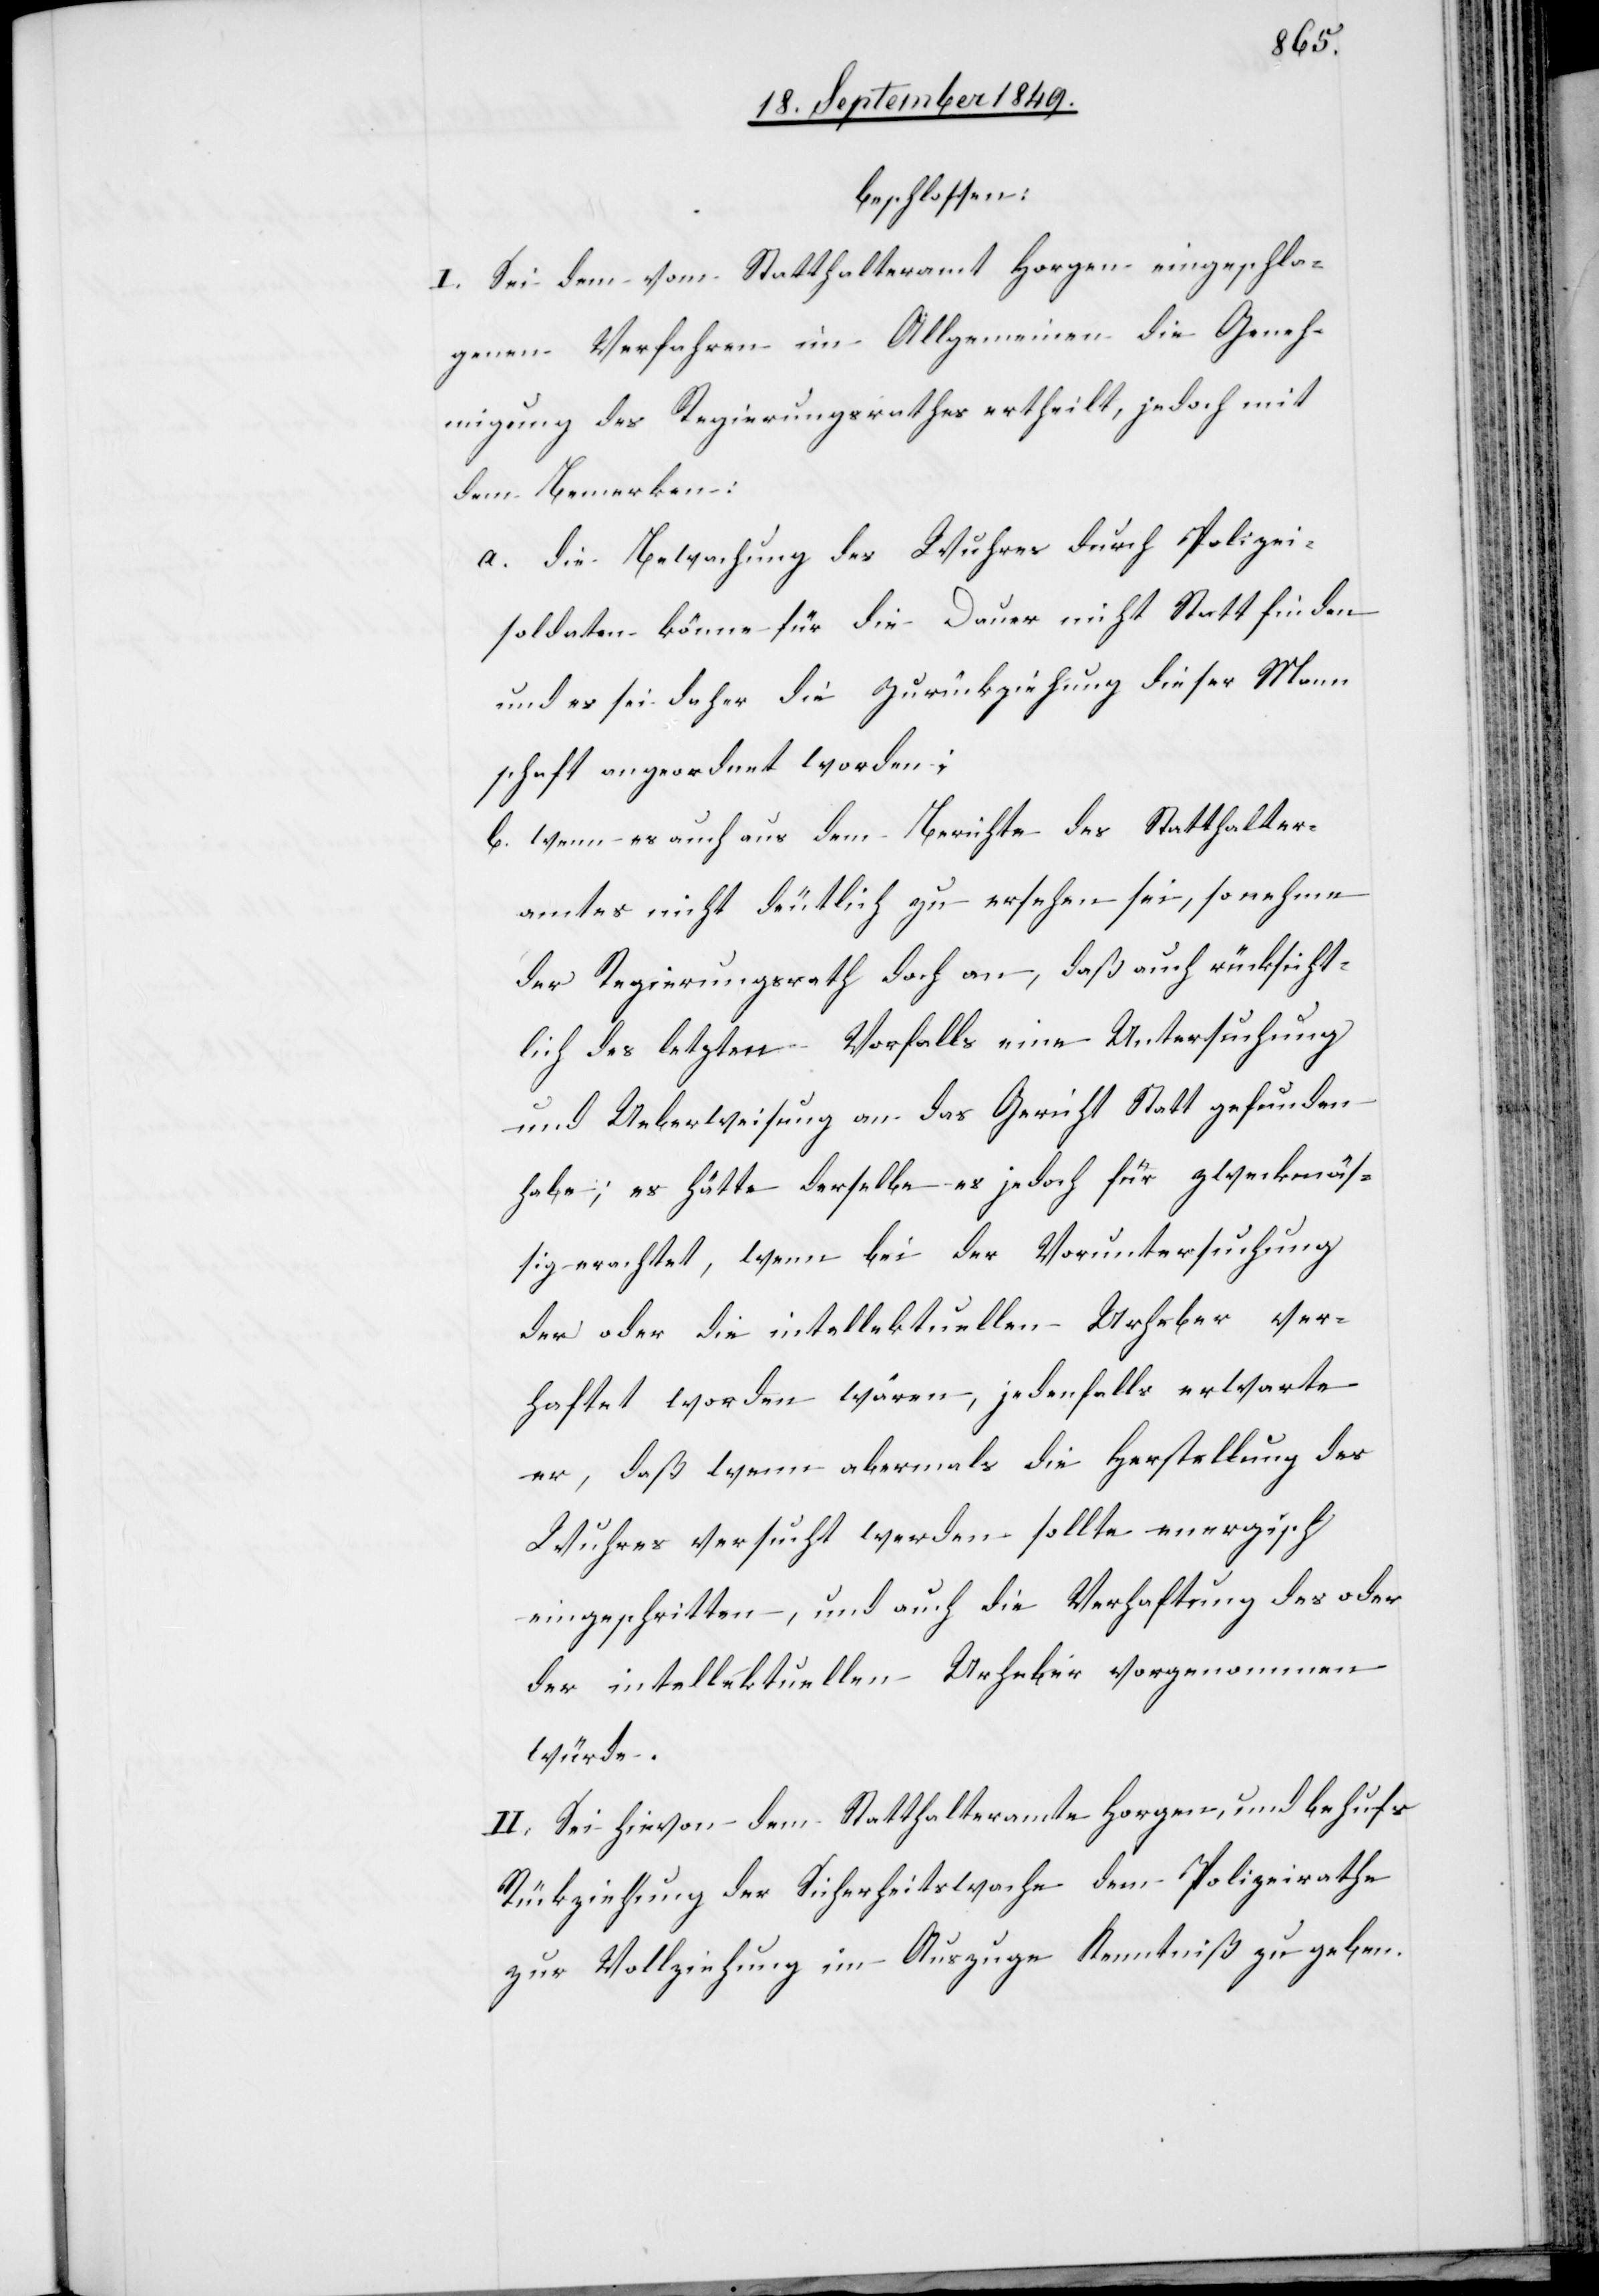
beschlossen:
I. Sei dem vom Statthalteramt Horgen eingeschla¬
genen Verfahren im Allgemeinen die Geneh¬
migung des Regierungsrathes ertheilt, jedoch mit
dem Bemerken:
a. die Bewachung des Wuhres durch Polizei¬
soldaten könne für die Dauer nicht statt finden
und es sei daher die Zurückziehung dieser Mann¬
schaft angeordnet worden;
b. wenn es auch aus dem Berichte des Statthalter¬
amtes nicht deutlich zu ersehen sei, so nehme
der Regierungsrath doch an, daß auch rücksicht¬
lich des letzten Vorfalls eine Untersuchung
und Ueberweisung an das Gericht statt gefunden
habe, es hätte derselbe es jedoch für zweckmäs¬
sig erachtet, wenn bei der Voruntersuchung
der oder die intellektuellen Urheber ver¬
haftet worden wären, jedenfalls erwarte
er, daß wenn abermals die Herstellung des
Wuhres versucht werden sollte energisch
eingeschritten, und auch die Verhaftung des oder
der intellektuellen Urheber vorgenommen
würde.
II. Sei hievon dem Statthalteramte Horgen, und behufs
Rückziehung der Sicherheitswache dem Polizeirathe
zur Vollziehung im Auszuge Kenntniß zu geben.